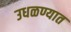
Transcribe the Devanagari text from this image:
उधळण्यात